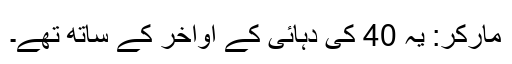
مارکر: یہ 40 کی دہائی کے اواخر کے ساتھ تھے۔